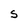
Character: S